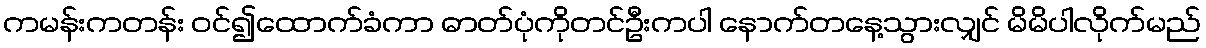
ကမန်းကတန်း ဝင်၍ထောက်ခံကာ ဓာတ်ပုံကိုတင်ဦးကပါ နောက်တနေ့သွားလျှင် မိမိပါလိုက်မည်